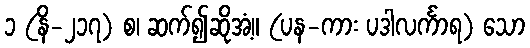
၁ (နိ-၂၁၇) စ၊ ဆက်၍ဆိုအံ့။ (ပန-ကား ပဒါလင်္ကာရ) သော